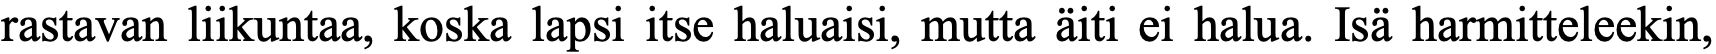
rastavan liikuntaa, koska lapsi itse haluaisi, mutta äiti ei halua. Isä harmitteleekin,